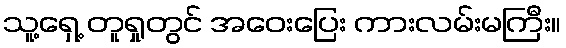
သူ့ရှေ့ တူရှုတွင် အဝေးပြေး ကားလမ်းမကြီး။